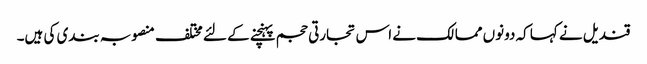
قندیل نے کہا کہ دونوں ممالک نے اس تجارتی حجم پہنچنے کے لئے مختلف منصوبہ بندی کی ہیں۔